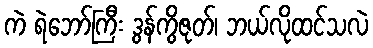
ကဲ ရဲဘော်ကြီး ဒွန်ကွိဇုတ်၊ ဘယ်လိုထင်သလဲ